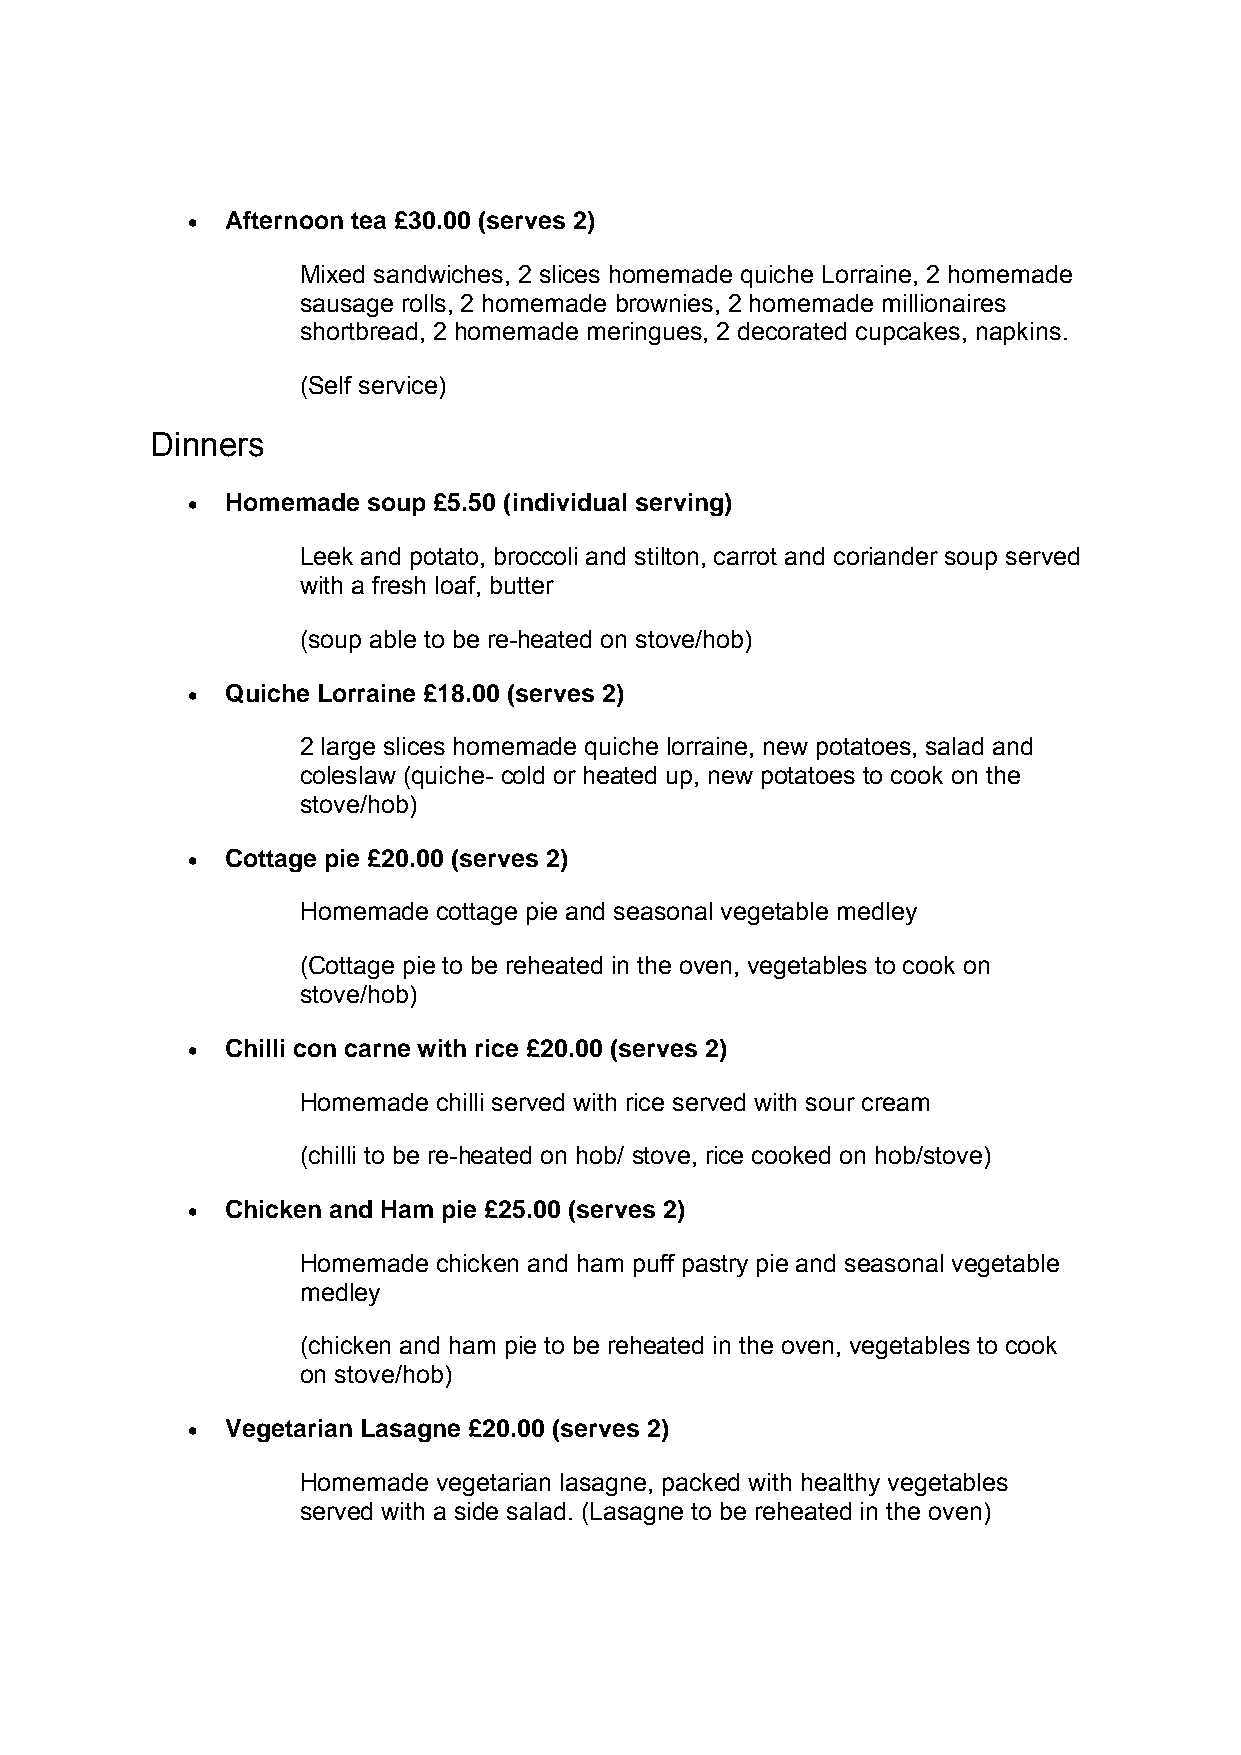
•  Afternoon tea £30.00 (serves 2)
 Mixed sandwiches, 2 slices homemade quiche Lorraine, 2 homemade
 sausage rolls, 2 homemade brownies, 2 homemade millionaires
 shortbread, 2 homemade meringues, 2 decorated cupcakes, napkins.
 (Self service)
 Dinners
 •  Homemade soup £5.50 (individual serving)
 Leek and potato, broccoli and stilton, carrot and coriander soup served
 with a fresh loaf, butter
 (soup able to be re-heated on stove/hob)
 •  Quiche Lorraine £18.00 (serves 2)
 2 large slices homemade quiche lorraine, new potatoes, salad and
 coleslaw (quiche- cold or heated up, new potatoes to cook on the
 stove/hob)
 •  Cottage pie £20.00 (serves 2)
 Homemade cottage pie and seasonal vegetable medley
 (Cottage pie to be reheated in the oven, vegetables to cook on
 stove/hob)
 •  Chilli con carne with rice £20.00 (serves 2)
 Homemade chilli served with rice served with sour cream
 (chilli to be re-heated on hob/ stove, rice cooked on hob/stove)
 •  Chicken and Ham pie £25.00 (serves 2)
 Homemade chicken and ham puff pastry pie and seasonal vegetable
 medley
 (chicken and ham pie to be reheated in the oven, vegetables to cook
 on stove/hob)
 •  Vegetarian Lasagne £20.00 (serves 2)
 Homemade vegetarian lasagne, packed with healthy vegetables
 served with a side salad. (Lasagne to be reheated in the oven)